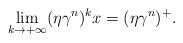
\begin{align*} \lim_{k\rightarrow +\infty}(\eta\gamma^n)^k x=(\eta\gamma^n)^+.\end{align*}